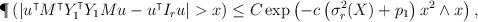
LaTeX: \begin{align*}& \P\left(\left|u^{\intercal}M^{\intercal}Y_1^{\intercal}Y_1Mu - u^{\intercal}I_ru\right| > x \right)\leq C\exp\left(-c\left(\sigma_r^2(X) + p_1\right)x^2\wedge x\right), \end{align*}